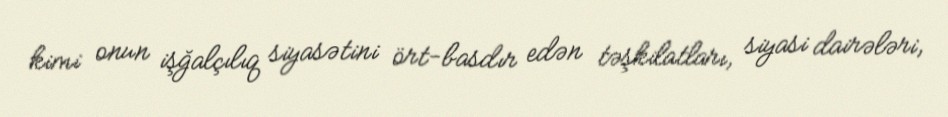
kimi onun işğalçılıq siyasətini ört-basdır edən təşkilatları, siyasi dairələri,